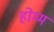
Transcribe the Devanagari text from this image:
होम्म